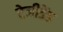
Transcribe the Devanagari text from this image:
रेजीडेंड